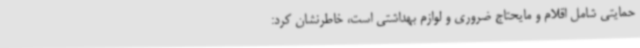
حمایتی شامل اقلام و مایحتاج ضروری و لوازم بهداشتی است، خاطرنشان کرد: